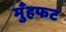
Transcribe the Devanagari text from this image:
मुँहफट